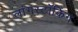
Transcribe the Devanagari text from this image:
लांगस्टॉकिंग